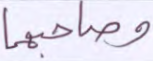
وصاحبهما